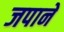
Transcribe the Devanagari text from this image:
जपाने